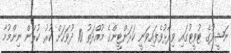
ނަޝީދުގެ ޓުވީޓުގައި ވިދާޅުވެފައިވަނީ ކަރަންޓީންގެ މުއްދަތު 10 ދުވަހަށް ކުރު ކުރަން ނިންމުމާ